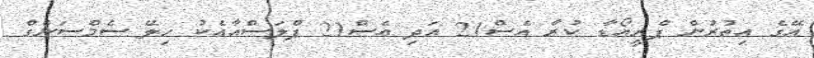
އޭގެ އިތުރުން ޕްރީއޯޑާ ކުރާ އެސް21 އަދި އެސް21 ޕްލަސްއާއެކު ހިލޭ ސެމްސަންގް